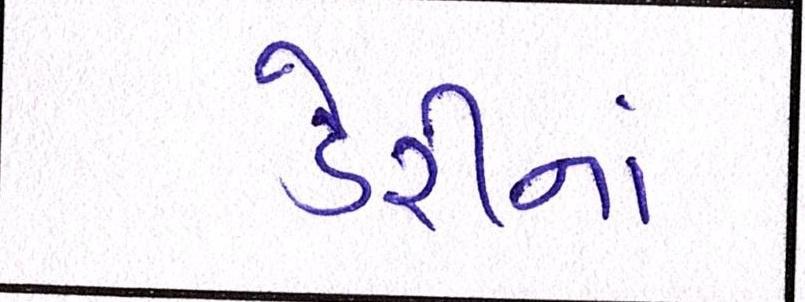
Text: ડેરીનાં